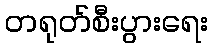
တရုတ်စီးပွားရေး